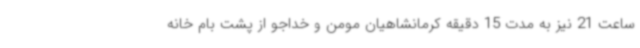
ساعت 21 نیز به مدت 15 دقیقه کرمانشاهیان مومن و خداجو از پشت بام خانه